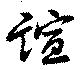
誼